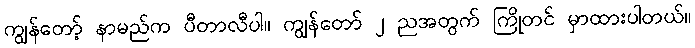
ကျွန်တော့် နာမည်က ပီတာလီပါ။ ကျွန်တော် ၂ ညအတွက် ကြိုတင် မှာထားပါတယ်။